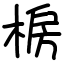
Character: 椖